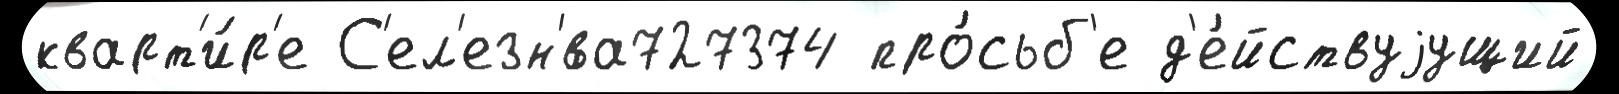
кварт'и́р'е С'ел'езн'́ва727374 про́сьб'е д'е́йствуjущий